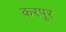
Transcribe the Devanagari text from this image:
करपूर